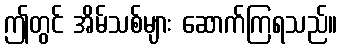
ဤတွင် အိမ်သစ်များ ဆောက်ကြရသည်။